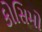
કોસિમો